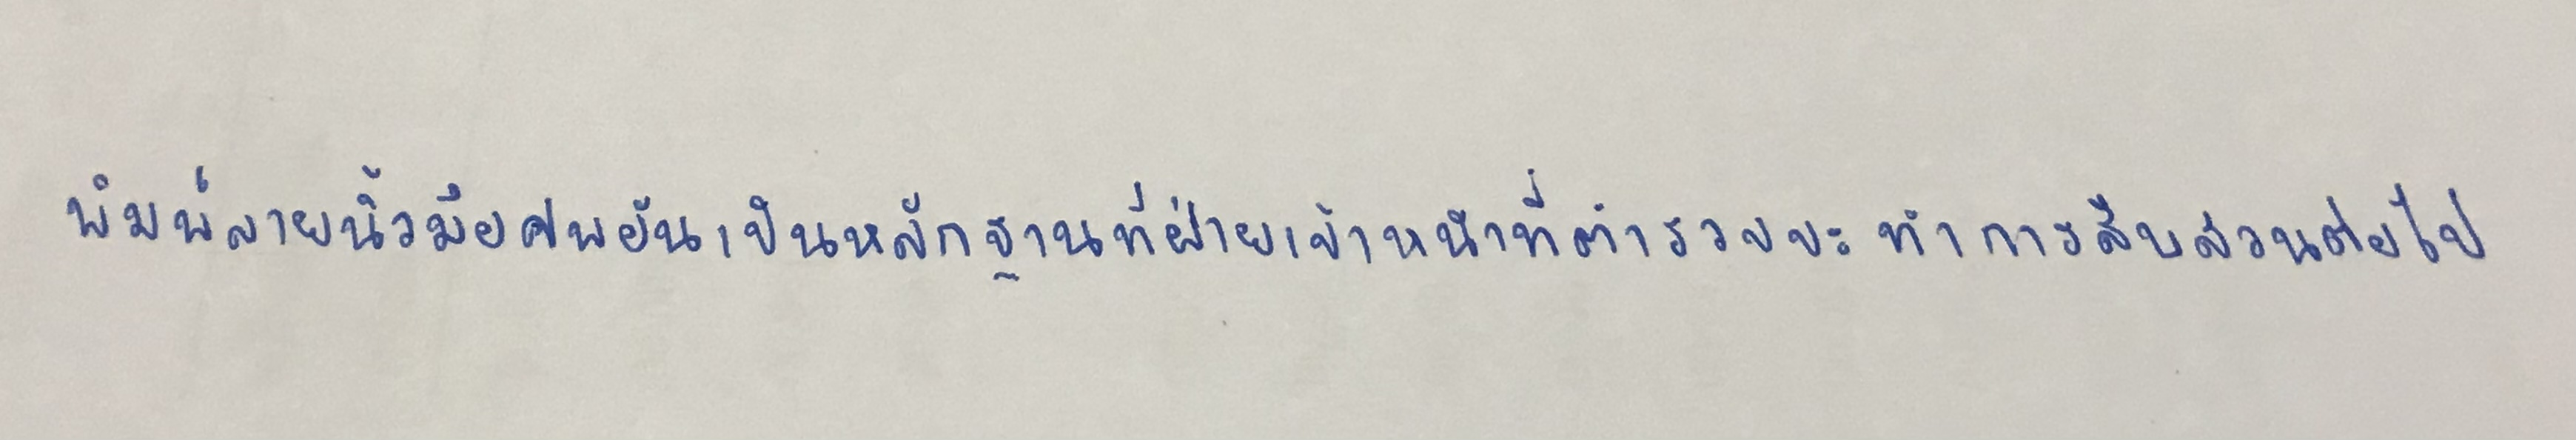
พิมพ์ลายนิ้วมือศพอันเป็นหลักฐานที่ฝ่ายเจ้าหน้าที่ตำรวจจะทำการสืบสวนต่อไป